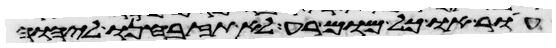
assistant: עור או כל מום רע לא תזבחנו ליהוה